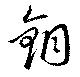
銅